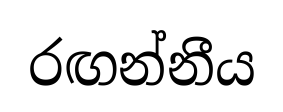
රඟන්නීය